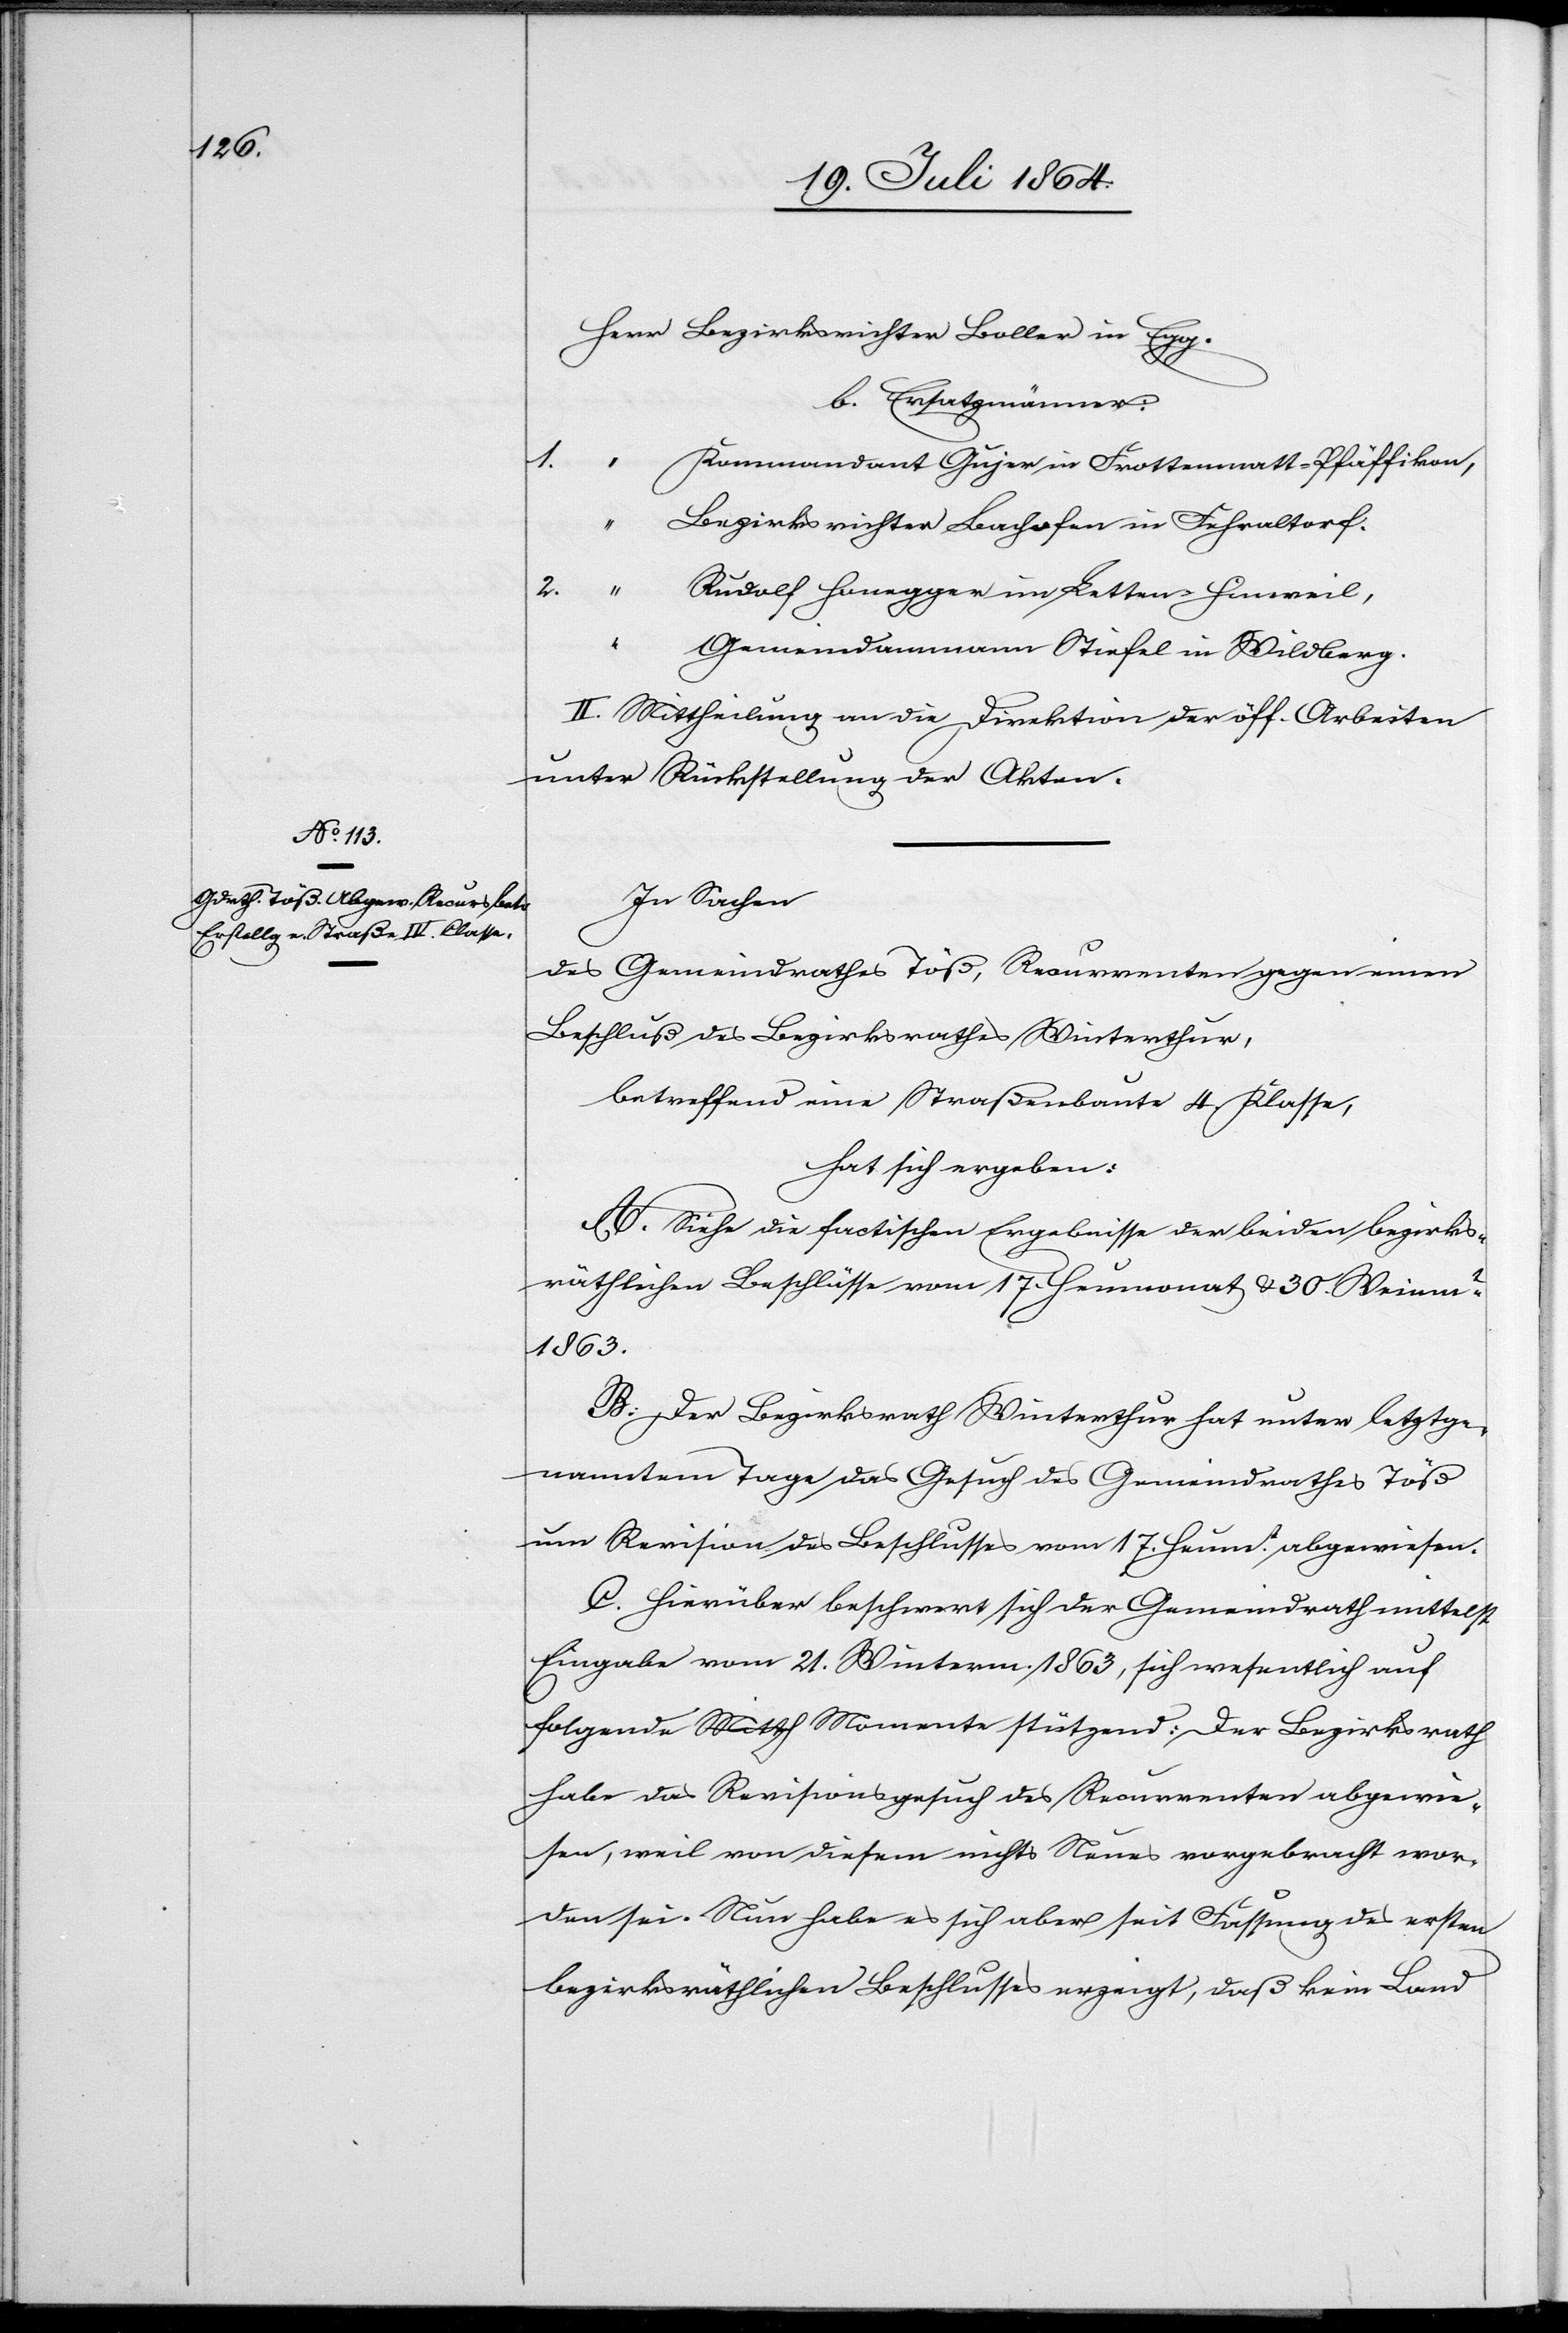
Herr	Bezirksrichter Boller in Egg.
b. Ersatzmänner:
1.	“	Kommandant Gujer in Frottenmatt-Pfäffikon,
“	Bezirksrichter Bachofen in Fehraltorf.
2.	“	R¬
udolf Honegger im Letten-Hinweil,
“	Gemeindammann Stiefel in Wildberg.
II. Mittheilung an die Direktion der öff. Arbeiten
unter Rückstellung der Akten.
In Sachen
des Gemeindrathes Töß, Recurrenten gegen einen
Beschluß des Bezirksrathes Winterthur,
betreffend eine Straßenbaute 4. Klasse,
hat sich ergeben:
A. Siehe die factischen Ergebnisse der beiden bezirks¬
räthlichen Beschlüsse vom 17. Heumonat u. 30. Weinmt
1863.
B. Der Bezirksrath Winterthur hat unter letztge¬
nanntem Tage das Gesuch des Gemeindrathes Töß
um Revision des Beschlusses vom 17. Heum.t abgewiesen.
C. Hierüber beschwert sich der Gemeindrath mittelst
Eingabe vom 21. Winterm. 1863, sich wesentlich auf
folgende Momente stützend: Der Bezirksrath
habe das Revisionsgesuch des Recurrenten abgewie¬
sen, weil von diesem nichts Neues vorgebracht wor¬
den sei. Nun habe es sich aber seit Fassung des ersten
bezirksräthlichen Beschlusses erzeigt, daß kein Land